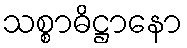
သစ္စာဓိဋ္ဌာနော